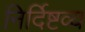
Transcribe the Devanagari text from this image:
निर्दिष्टव्य